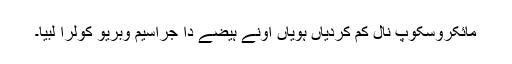
مائکروسکوپ نال کم کردیاں ہویاں اونے ہیضے دا جراسیم وبریو کولرا لبیا۔